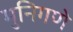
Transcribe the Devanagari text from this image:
मुनिगणे